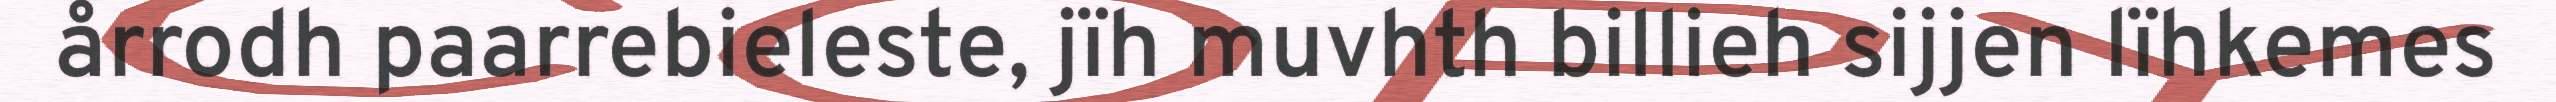
årrodh paarrebieleste, jïh muvhth billieh sijjen lïhkemes